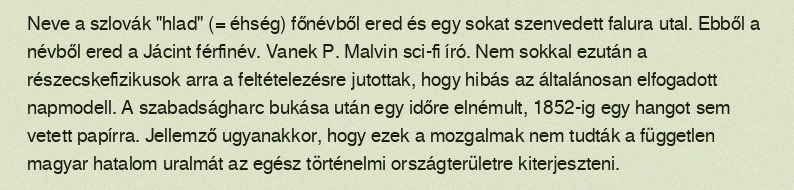
Neve a szlovák "hlad" (= éhség) főnévből ered és egy sokat szenvedett falura utal. Ebből a névből ered a Jácint férfinév. Vanek P. Malvin sci-fi író. Nem sokkal ezután a részecskefizikusok arra a feltételezésre jutottak, hogy hibás az általánosan elfogadott napmodell. A szabadságharc bukása után egy időre elnémult, 1852-ig egy hangot sem vetett papírra. Jellemző ugyanakkor, hogy ezek a mozgalmak nem tudták a független magyar hatalom uralmát az egész történelmi országterületre kiterjeszteni.